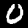
Label: 0